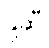
နို့ဆီ